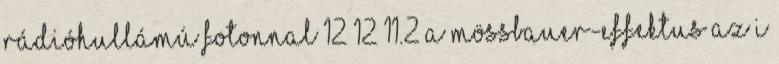
rádióhullámú fotonnal 12 12 11.2 A Mössbauer-effektus Az I